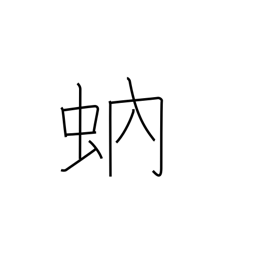
Meaning: gnat